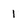
Character: 1